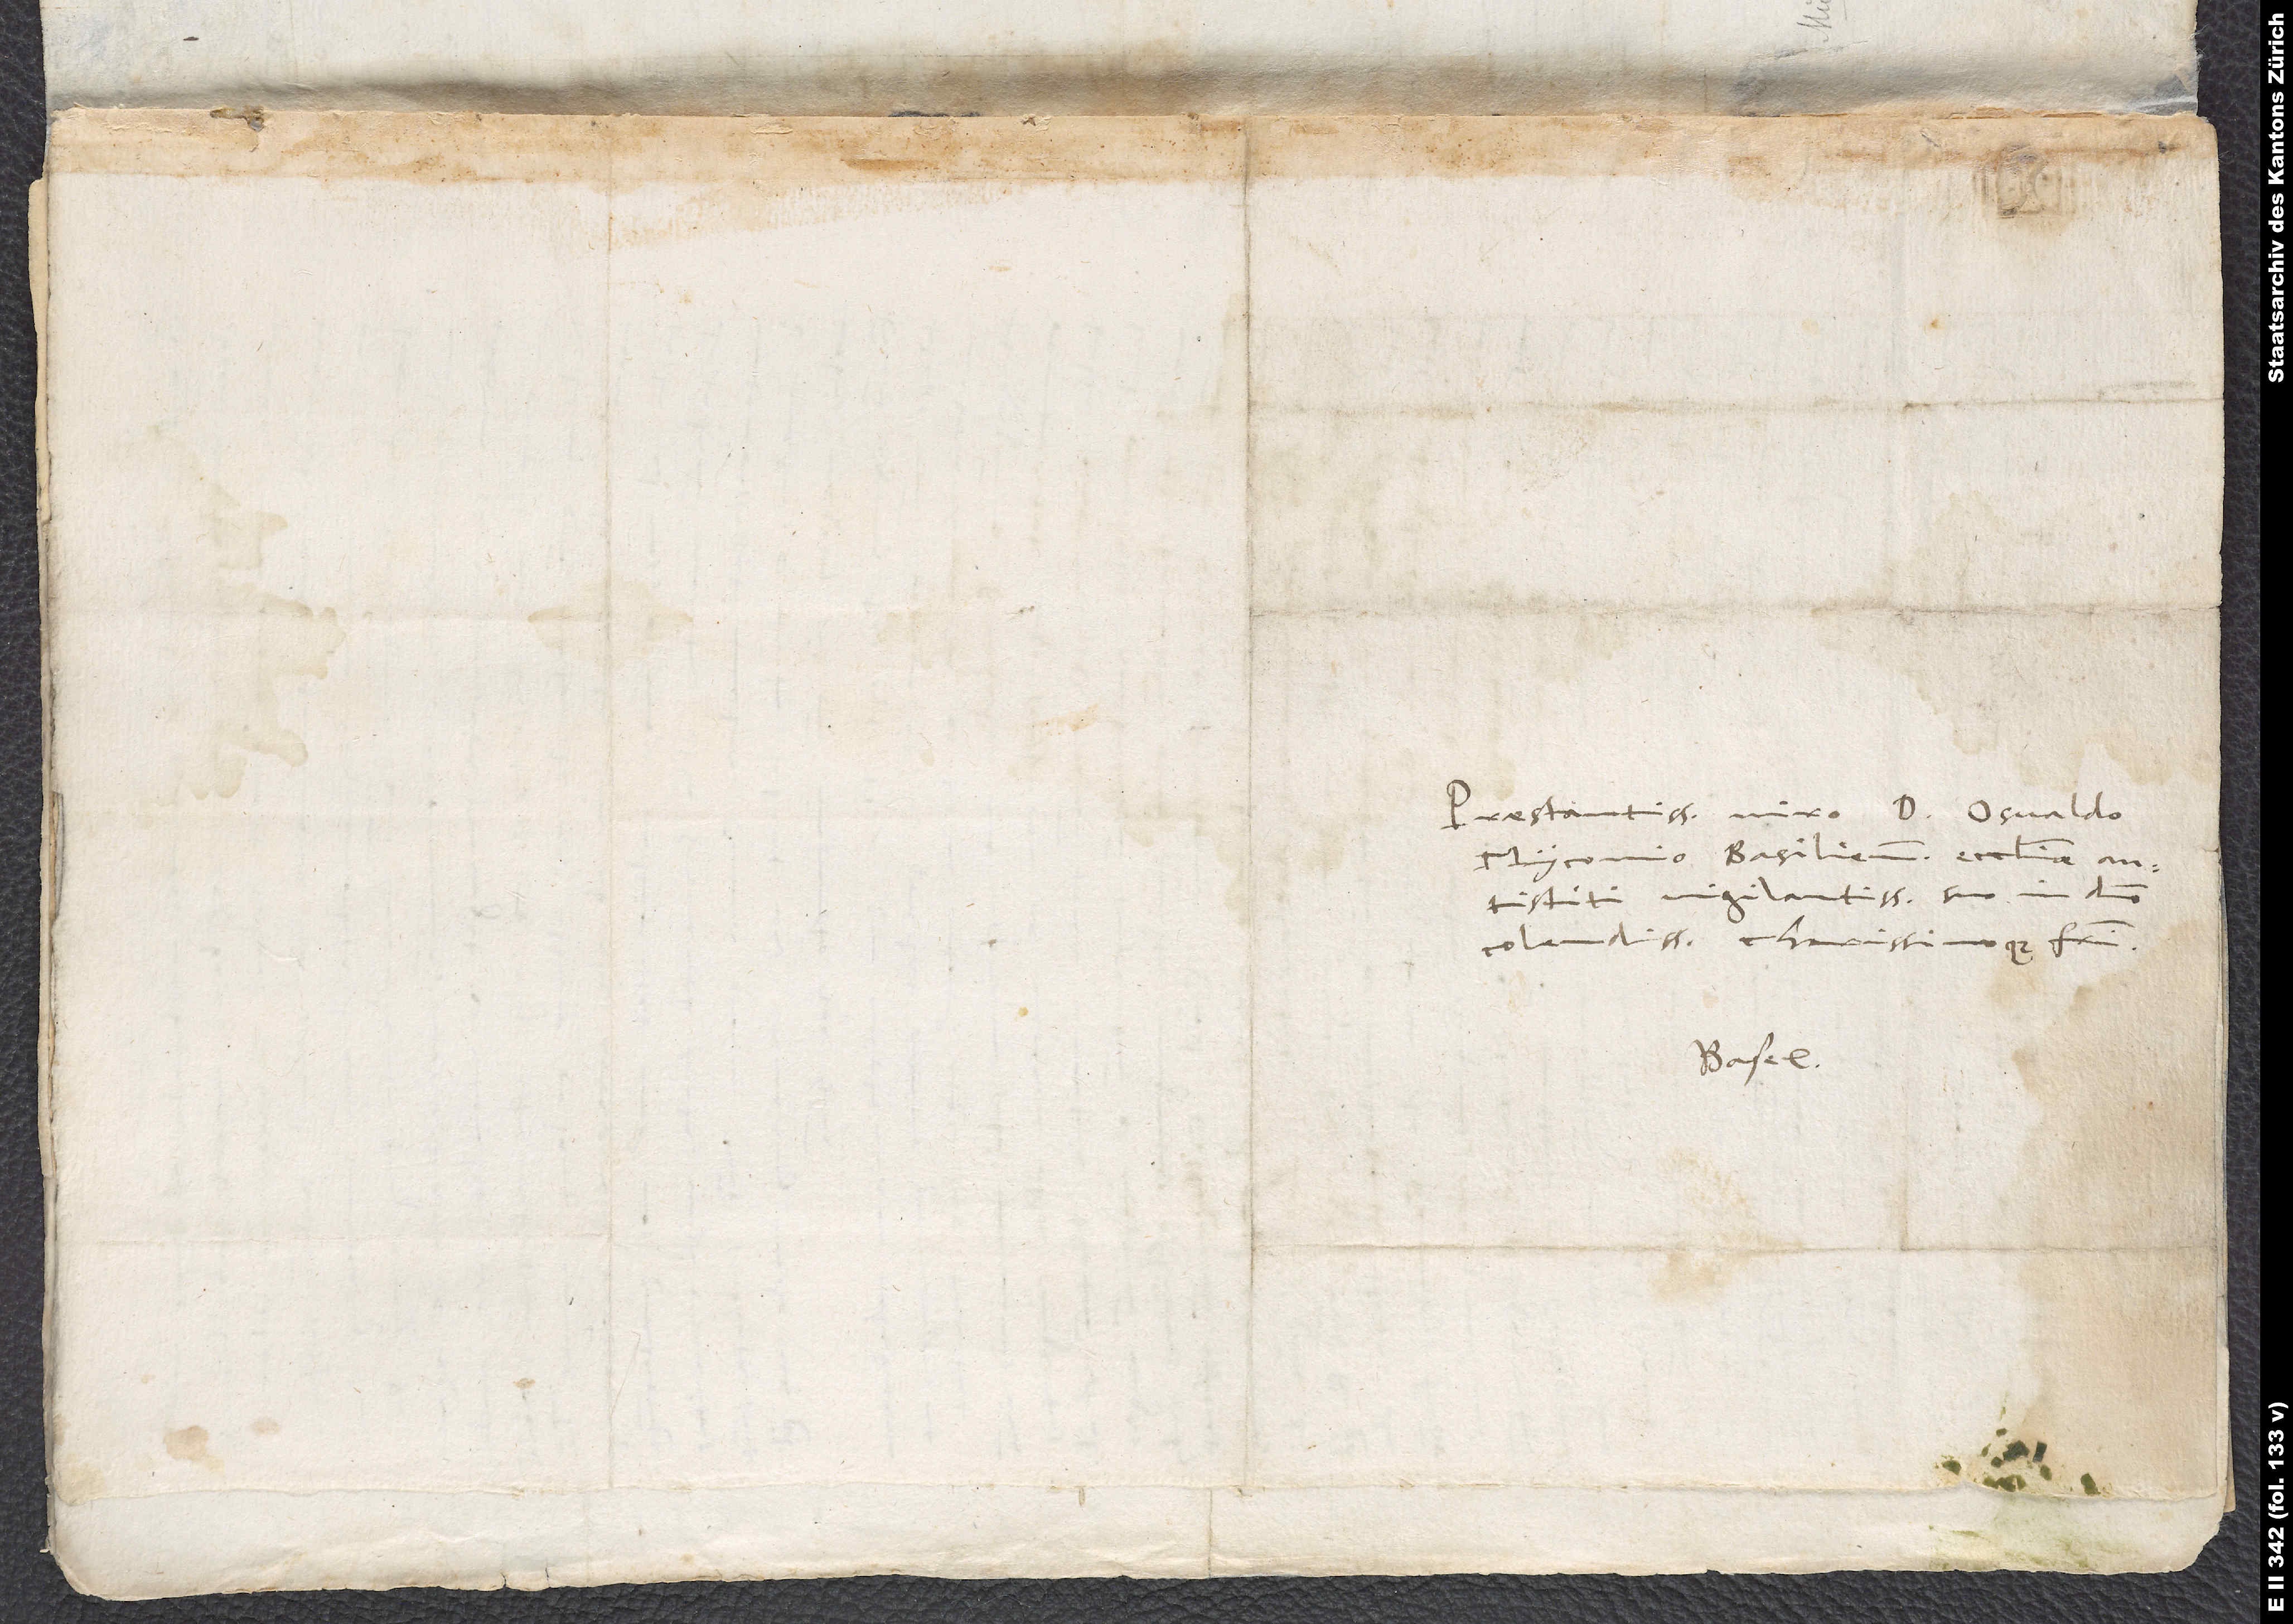
Praestantissimo viro d. Osvaldo
Myconio, Basiliensis ecclesiae
antistiti vigilantissimo, suo in domino
colendissimo charissimoque fratri.
Basel.